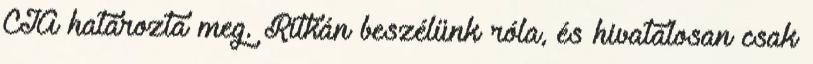
CIA határozta meg. Ritkán beszélünk róla, és hivatalosan csak